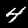
Label: 4